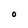
Character: O